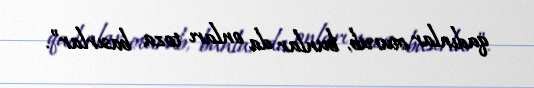
qadınlar oturub, bunlar da onları toza basırlar”.